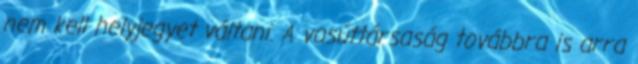
nem kell helyjegyet váltani. A vasúttársaság továbbra is arra